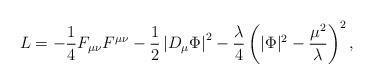
LaTeX: \begin{align*}L=-{1\over 4}F_{\mu\nu}F^{\mu\nu} - {1\over 2}\left|D_{\mu}\Phi\right|^2 - {\lambda\over 4}\left(|\Phi |^2 - {\mu^2\over\lambda}\right)^2,\end{align*}